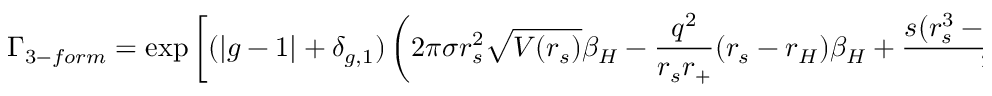
\Gamma _ { 3 - f o r m } = \exp \left[ ( | g - 1 | + \delta _ { g , 1 } ) \left( 2 \pi \sigma r _ { s } ^ { 2 } \sqrt { V ( r _ { s } ) } \beta _ { H } - \frac { q ^ { 2 } } { r _ { s } r _ { + } } ( r _ { s } - r _ { H } ) \beta _ { H } + \frac { s ( r _ { s } ^ { 3 } - r _ { H } ^ { 3 } ) \beta _ { H } } { \l ^ { 2 } } \right) - \frac { 1 } { 8 \pi \sigma ^ { 2 } } \right]